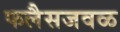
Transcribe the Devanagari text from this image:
फलैसजवळ